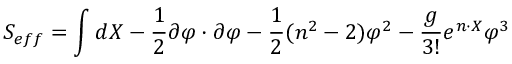
S _ { e f f } = \int d X - \frac { 1 } { 2 } \partial \varphi \cdot \partial \varphi - \frac { 1 } { 2 } ( n ^ { 2 } - 2 ) \varphi ^ { 2 } - \frac { g } { 3 ! } e ^ { n \cdot X } \varphi ^ { 3 }